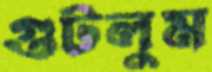
গুটলুম